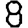
Digit: 8